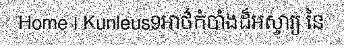
Home | Kunleus9អាថ៌កំបាំងដ៏អស្ចារ្យ នៃ